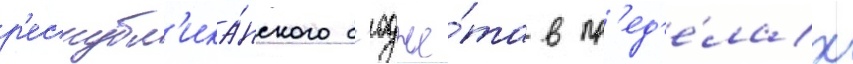
р'еспубл'ика́нского б'юдже́та в пр'ед'е́лах